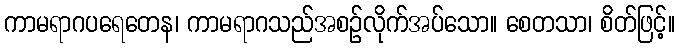
ကာမရာဂပရေတေန၊ ကာမရာဂသည်အစဉ်လိုက်အပ်သော။ စေတသာ၊ စိတ်ဖြင့်။